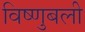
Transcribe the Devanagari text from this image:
विष्णुबली